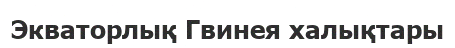
Экваторлық Гвинея халықтары